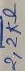
Text: 2,2KΩ